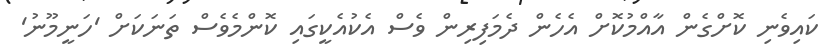
ކައިވެނި ކޮށްގެން އާއްމުކޮށް އެހެން ދެމަފިރިން ވެސް އެކުއެކީގައި ކޮންމެވެސް ތަނަކަށް 'ހަނީމޫނު'